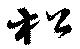
松